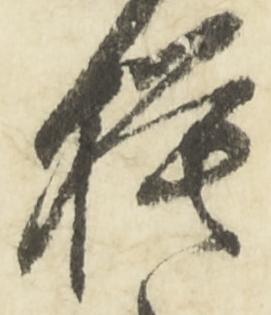
模